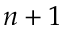
n + 1